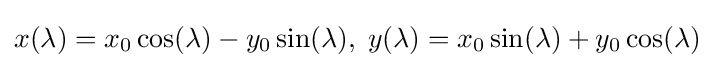
x(\lambda )=x_{0}\cos(\lambda )-y_{0}\sin(\lambda ),\;y(\lambda )=x_{0}\sin(\lambda )+y_{0}\cos(\lambda )